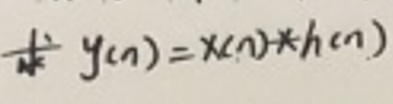
\[ y(n)=x(n)*h(n) \]